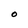
Character: O